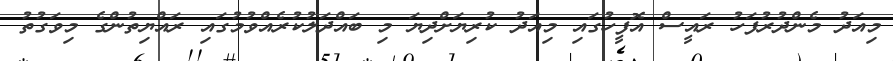
މިއަދު މެންދުރުފަހު ރައީސް އޮފީހުގައި މިއަދު ކުރިޔަށްދިޔަ މި ބައްދަލުކުރެއްވުމުގައި ރައްޔިތުންގެ މިވަގުތު